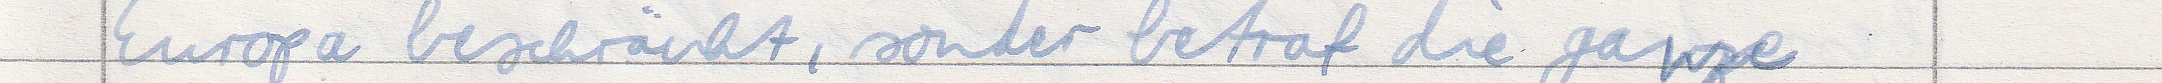
Europa beschränkt, sondern betraf die ganze